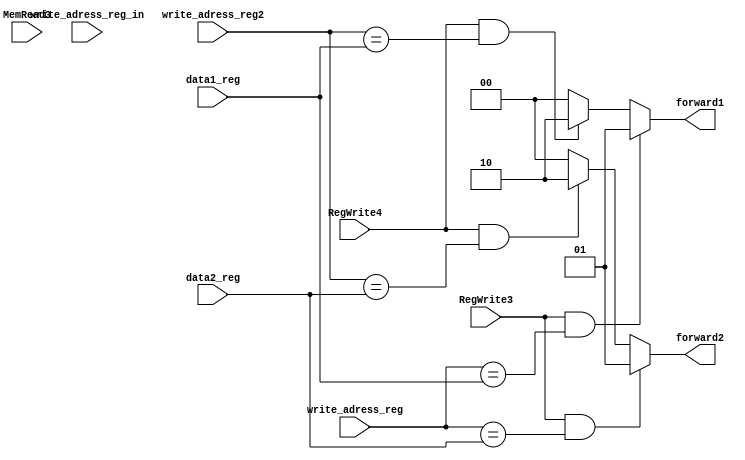
module ForwardUnit(input RegWrite3, RegWrite4, input [4 : 0]write_adress_reg, input [4 : 0]write_adress_reg2,
		input [4 : 0]data1_reg, input [4 : 0]data2_reg, input MemRead3, input [4:0] write_adress_reg_in, output reg [1 : 0]forward1, output reg [1 : 0]forward2);
	always @(RegWrite3, RegWrite4, write_adress_reg, write_adress_reg2, data1_reg, data2_reg, MemRead3)
	begin
		if (RegWrite3 && (write_adress_reg == data1_reg))
				forward1 = 2'b01;
		else if (RegWrite4 && (write_adress_reg2 == data1_reg))
			forward1 = 2'b10;
		else
			forward1 = 2'b00;
		if (RegWrite3 && (write_adress_reg == data2_reg))
			forward2 = 2'b01;
		else if (RegWrite4 && (write_adress_reg2 == data2_reg))
			forward2 = 2'b10;
		else
			forward2 = 0;
	end
endmodule